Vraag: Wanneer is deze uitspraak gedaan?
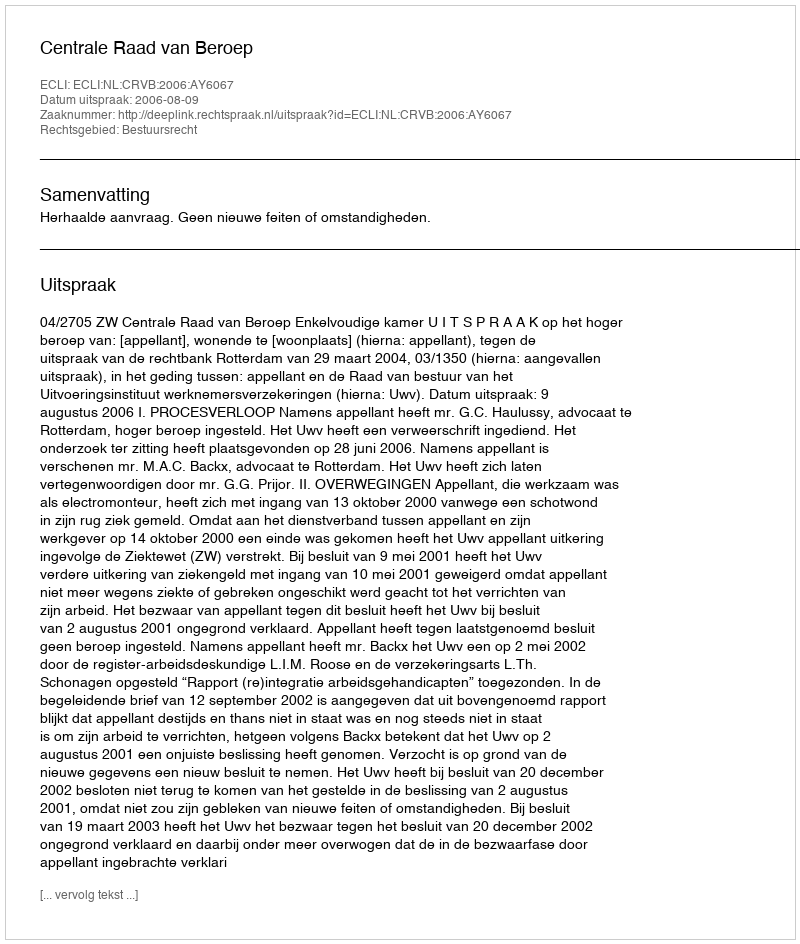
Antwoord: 2006-08-09